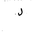
Letter: _lam